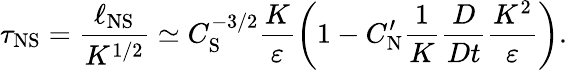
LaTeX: \tau_{\textrm{NS}}=\frac{\ell_{\textrm{NS}}}{K^{1/2}}\simeq C_{\textrm{S}}^{-3/2}\frac{K}{\varepsilon}\left({1-C_{\textrm{N}}^{\prime}\frac{1}{K}\frac{D}{Dt}\frac{K^{2}}{\varepsilon}}\right).